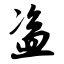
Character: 盗